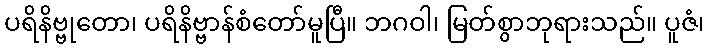
ပရိနိဗ္ဗုတော၊ ပရိနိဗ္ဗာန်စံတော်မူပြီ။ ဘဂဝါ၊ မြတ်စွာဘုရားသည်။ ပူဇံ၊